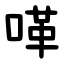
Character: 㗆